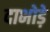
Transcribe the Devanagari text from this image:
दाभोड़े